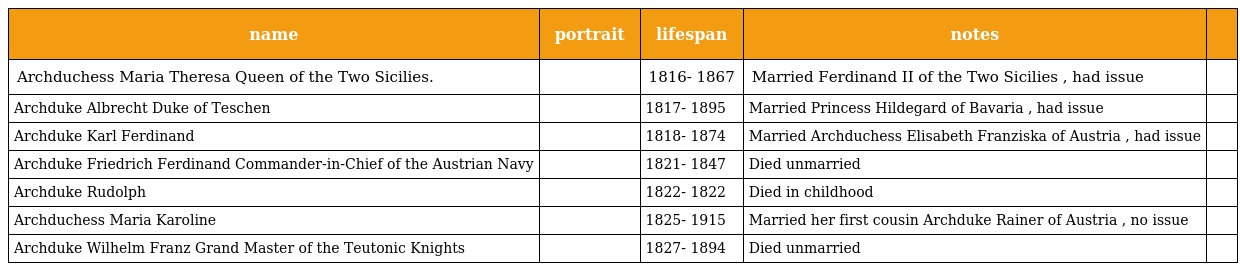
| name | portrait | lifespan | notes |  |
 | --- | --- | --- | --- | --- |
 | Archduchess Maria Theresa Queen of the Two Sicilies. |  | 1816- 1867 | Married Ferdinand II of the Two Sicilies , had issue |  |
 | Archduke Albrecht Duke of Teschen |  | 1817- 1895 | Married Princess Hildegard of Bavaria , had issue |  |
 | Archduke Karl Ferdinand |  | 1818- 1874 | Married Archduchess Elisabeth Franziska of Austria , had issue |  |
 | Archduke Friedrich Ferdinand Commander-in-Chief of the Austrian Navy |  | 1821- 1847 | Died unmarried |  |
 | Archduke Rudolph |  | 1822- 1822 | Died in childhood |  |
 | Archduchess Maria Karoline |  | 1825- 1915 | Married her first cousin Archduke Rainer of Austria , no issue |  |
 | Archduke Wilhelm Franz Grand Master of the Teutonic Knights |  | 1827- 1894 | Died unmarried |  |